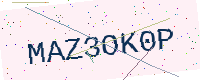
Text: MAZ3OK0P